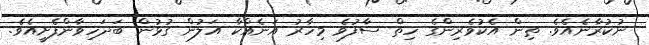
ނުކުރާނެއެވެ. ތިން އެކުވެރިންގެ ހިތް ސާފުވެ މިހާރު އަނެއްކާ އަލުން ގުޅުން ބަދަހިވާންފެށީއެވެ.